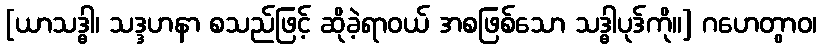
[ယာသဒ္ဓါ၊ သဒ္ဒဟနာ စသည်ဖြင့် ဆိုခဲ့ရာဝယ် အစဖြစ်သော သဒ္ဓါပုဒ်ကို။] ဂဟေတွာဝ၊